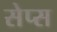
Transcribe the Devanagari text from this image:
सेप्स